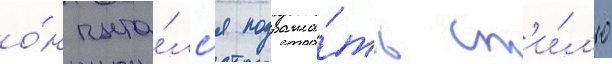
о́н пыта́лс'я подража́ть ст'и́л'ю